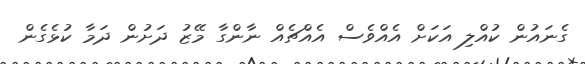
ގެނައުން ކުއްލި އަކަށް އެއްވެސް އެއްޗެއް ނާންގާ މޭޒު ދަށުން ދަމާ ކުޅެގެން